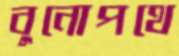
বুনোপথে